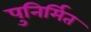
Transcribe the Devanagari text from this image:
पुनिर्मित